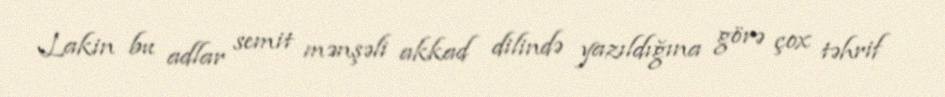
Lakin bu adlar semit mənşəli akkad dilində yazıldığına görə çox təhrif